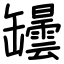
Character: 罎